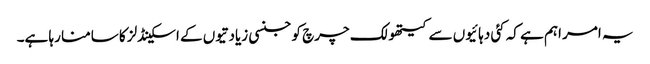
یہ امر اہم ہے کہ کئی دہائیوں سے کیتھولک چرچ کو جنسی زیادتیوں کے اسکینڈلز کا سامنا رہا ہے۔